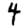
Digit: 4